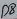
Text: D8